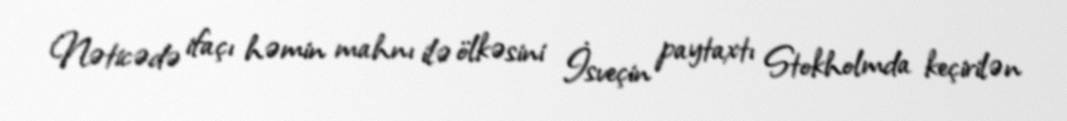
Nəticədə ifaçı həmin mahnı ilə ölkəsini İsveçin paytaxtı Stokholmda keçirilən